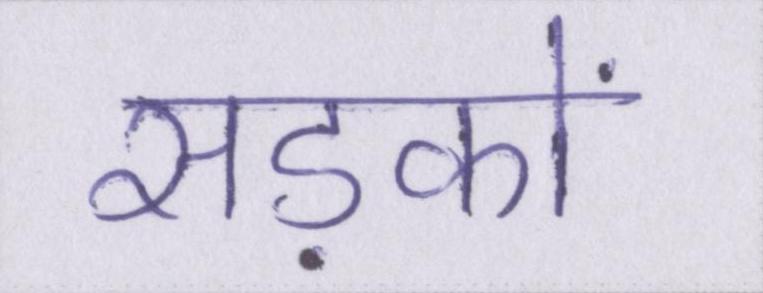
सड़कों